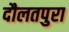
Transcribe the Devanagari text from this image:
दौलतपुरा